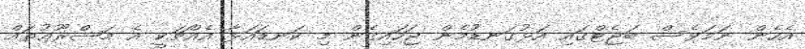
އެހެން ނަމަވެސް ބަޖެޓްގައި އަޅުގަނޑުމެން ޖަހައިގެން މި ކަނޑައަޅާ އެއްޗަކީ އެ މަޝްރޫޢުތައް